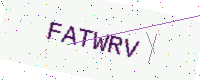
Text: FATWRV